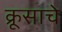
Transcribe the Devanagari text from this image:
क्रूसाचे